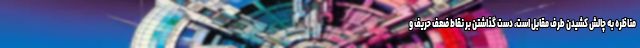
مناظره به چالش کشیدن طرف مقابل است، دست گذاشتن بر نقاط ضعف حریف و